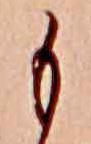
も